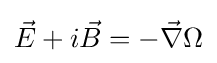
{\vec {E}}+i{\vec {B}}=-{\vec {\nabla }}\Omega